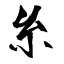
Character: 糸